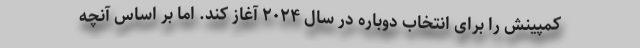
کمپینش را برای انتخاب دوباره در سال ۲۰۲۴ آغاز کند. اما بر اساس آنچه